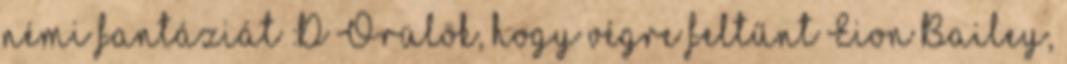
némi fantáziát :D Örülök, hogy végre feltűnt Eion Bailey,